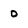
Character: 0